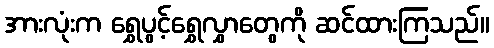
အားလုံးက ရွှေပွင့်ရွှေလွှာတွေကို ဆင်ထားကြသည်။